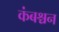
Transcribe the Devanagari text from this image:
कंबश्चन